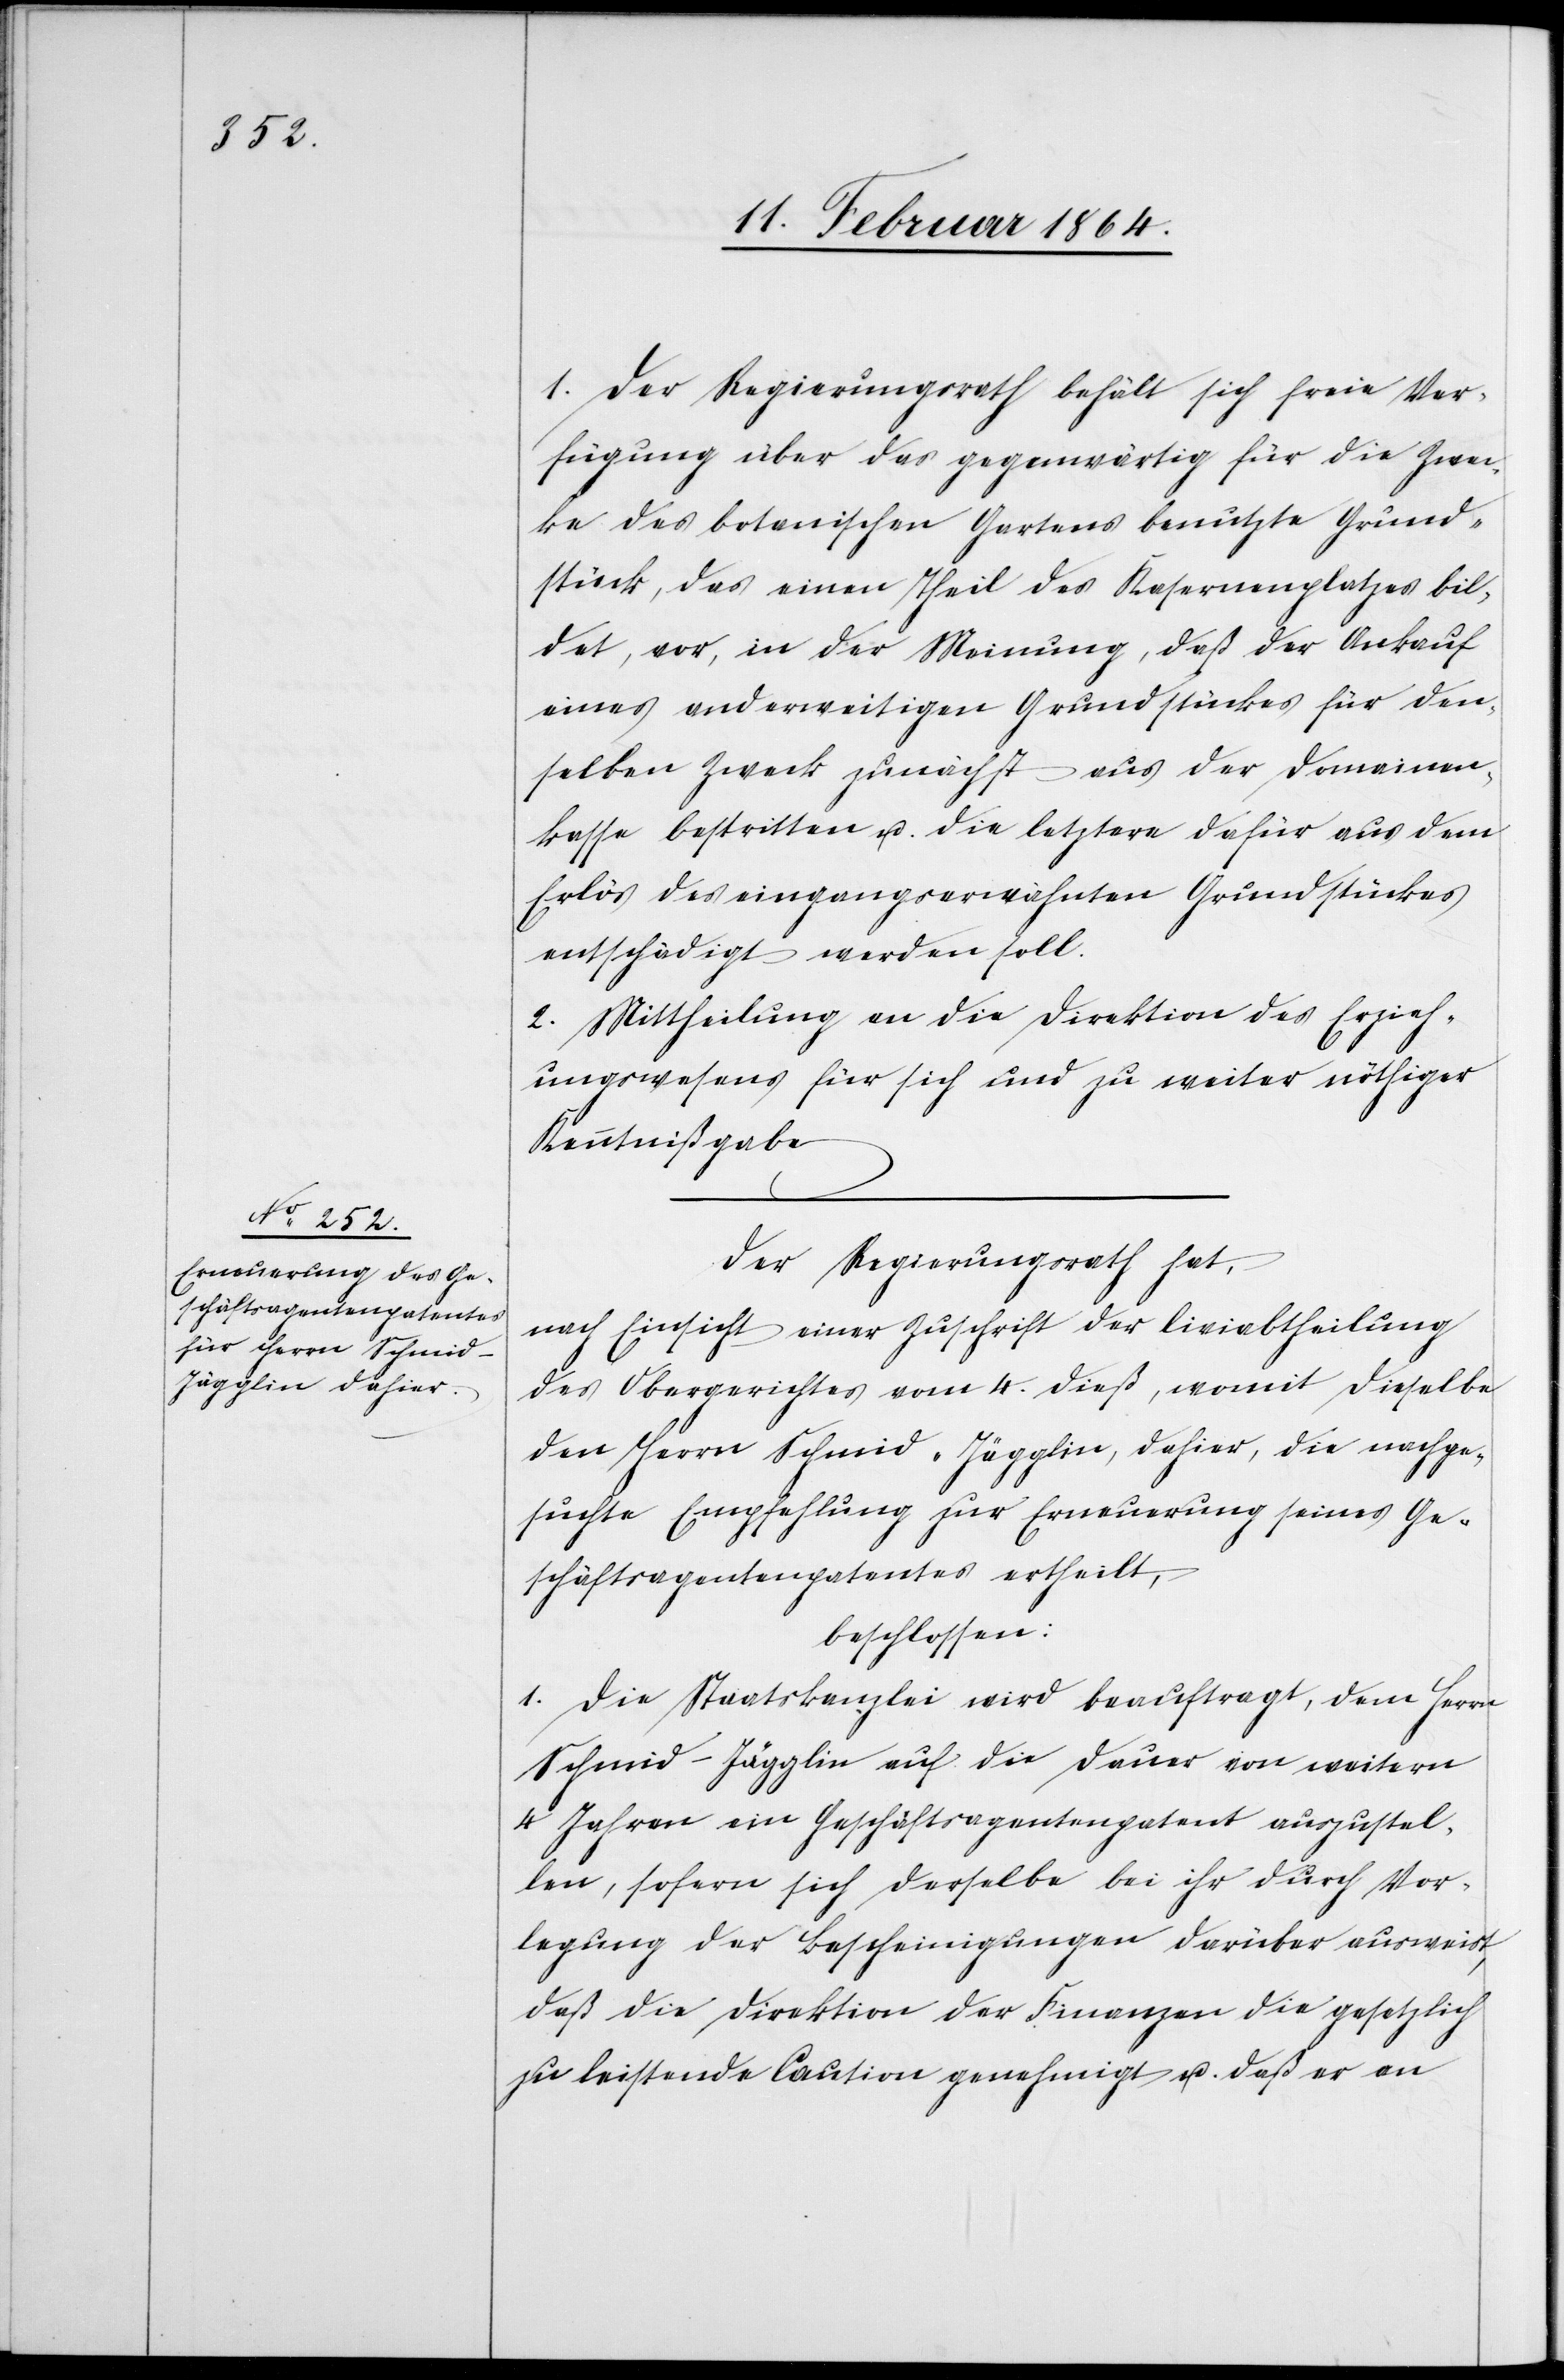
Der Regierungsrath behält sich freie Ver¬
fügung über das gegenwärtig für die Zwec¬
ke des botanischen Gartens benutzte Grund¬
stück, das einen Theil des Kasernenplatzes bil¬
det, vor, in der Meinung, daß der Ankauf
eines anderweitigen Grundstückes für den¬
selben Zweck zunächst aus der Domainen¬
kasse bestritten u. die letztere dafür aus dem
Erlös des eingangserwähnten Grundstückes
entschädigt werden soll.
2. Mittheilung an die Direktion des Erzieh¬
ungswesens für sich und zu weiter nöthiger
Kenntnißgabe.
Der Regierungsrath hat,
nach Einsicht einer Zuschrift der Civi[l]abtheilung
des Obergerichtes vom 4. dieß, womit dieselbe
Herrn Schmid-Jägglin, dahier, die nachge¬
suchte Empfehlung zur Erneuerung seines Ge¬
schäftsagentenpatentes ertheilt,
beschlossen:
1. Die Staatskanzlei wird beauftragt, dem Herrn
Schmid-Jägglin auf die Dauer von weitern
4 Jahren ein Geschäftsagentenpatent auszustel¬
len, sofern sich derselbe bei ihr durch Vor¬
legung der Bescheinigungen darüber ausweist,
daß die Direktion der Finanzen die gesetzlich
zu leistende Caution genehmigt u. daß er an